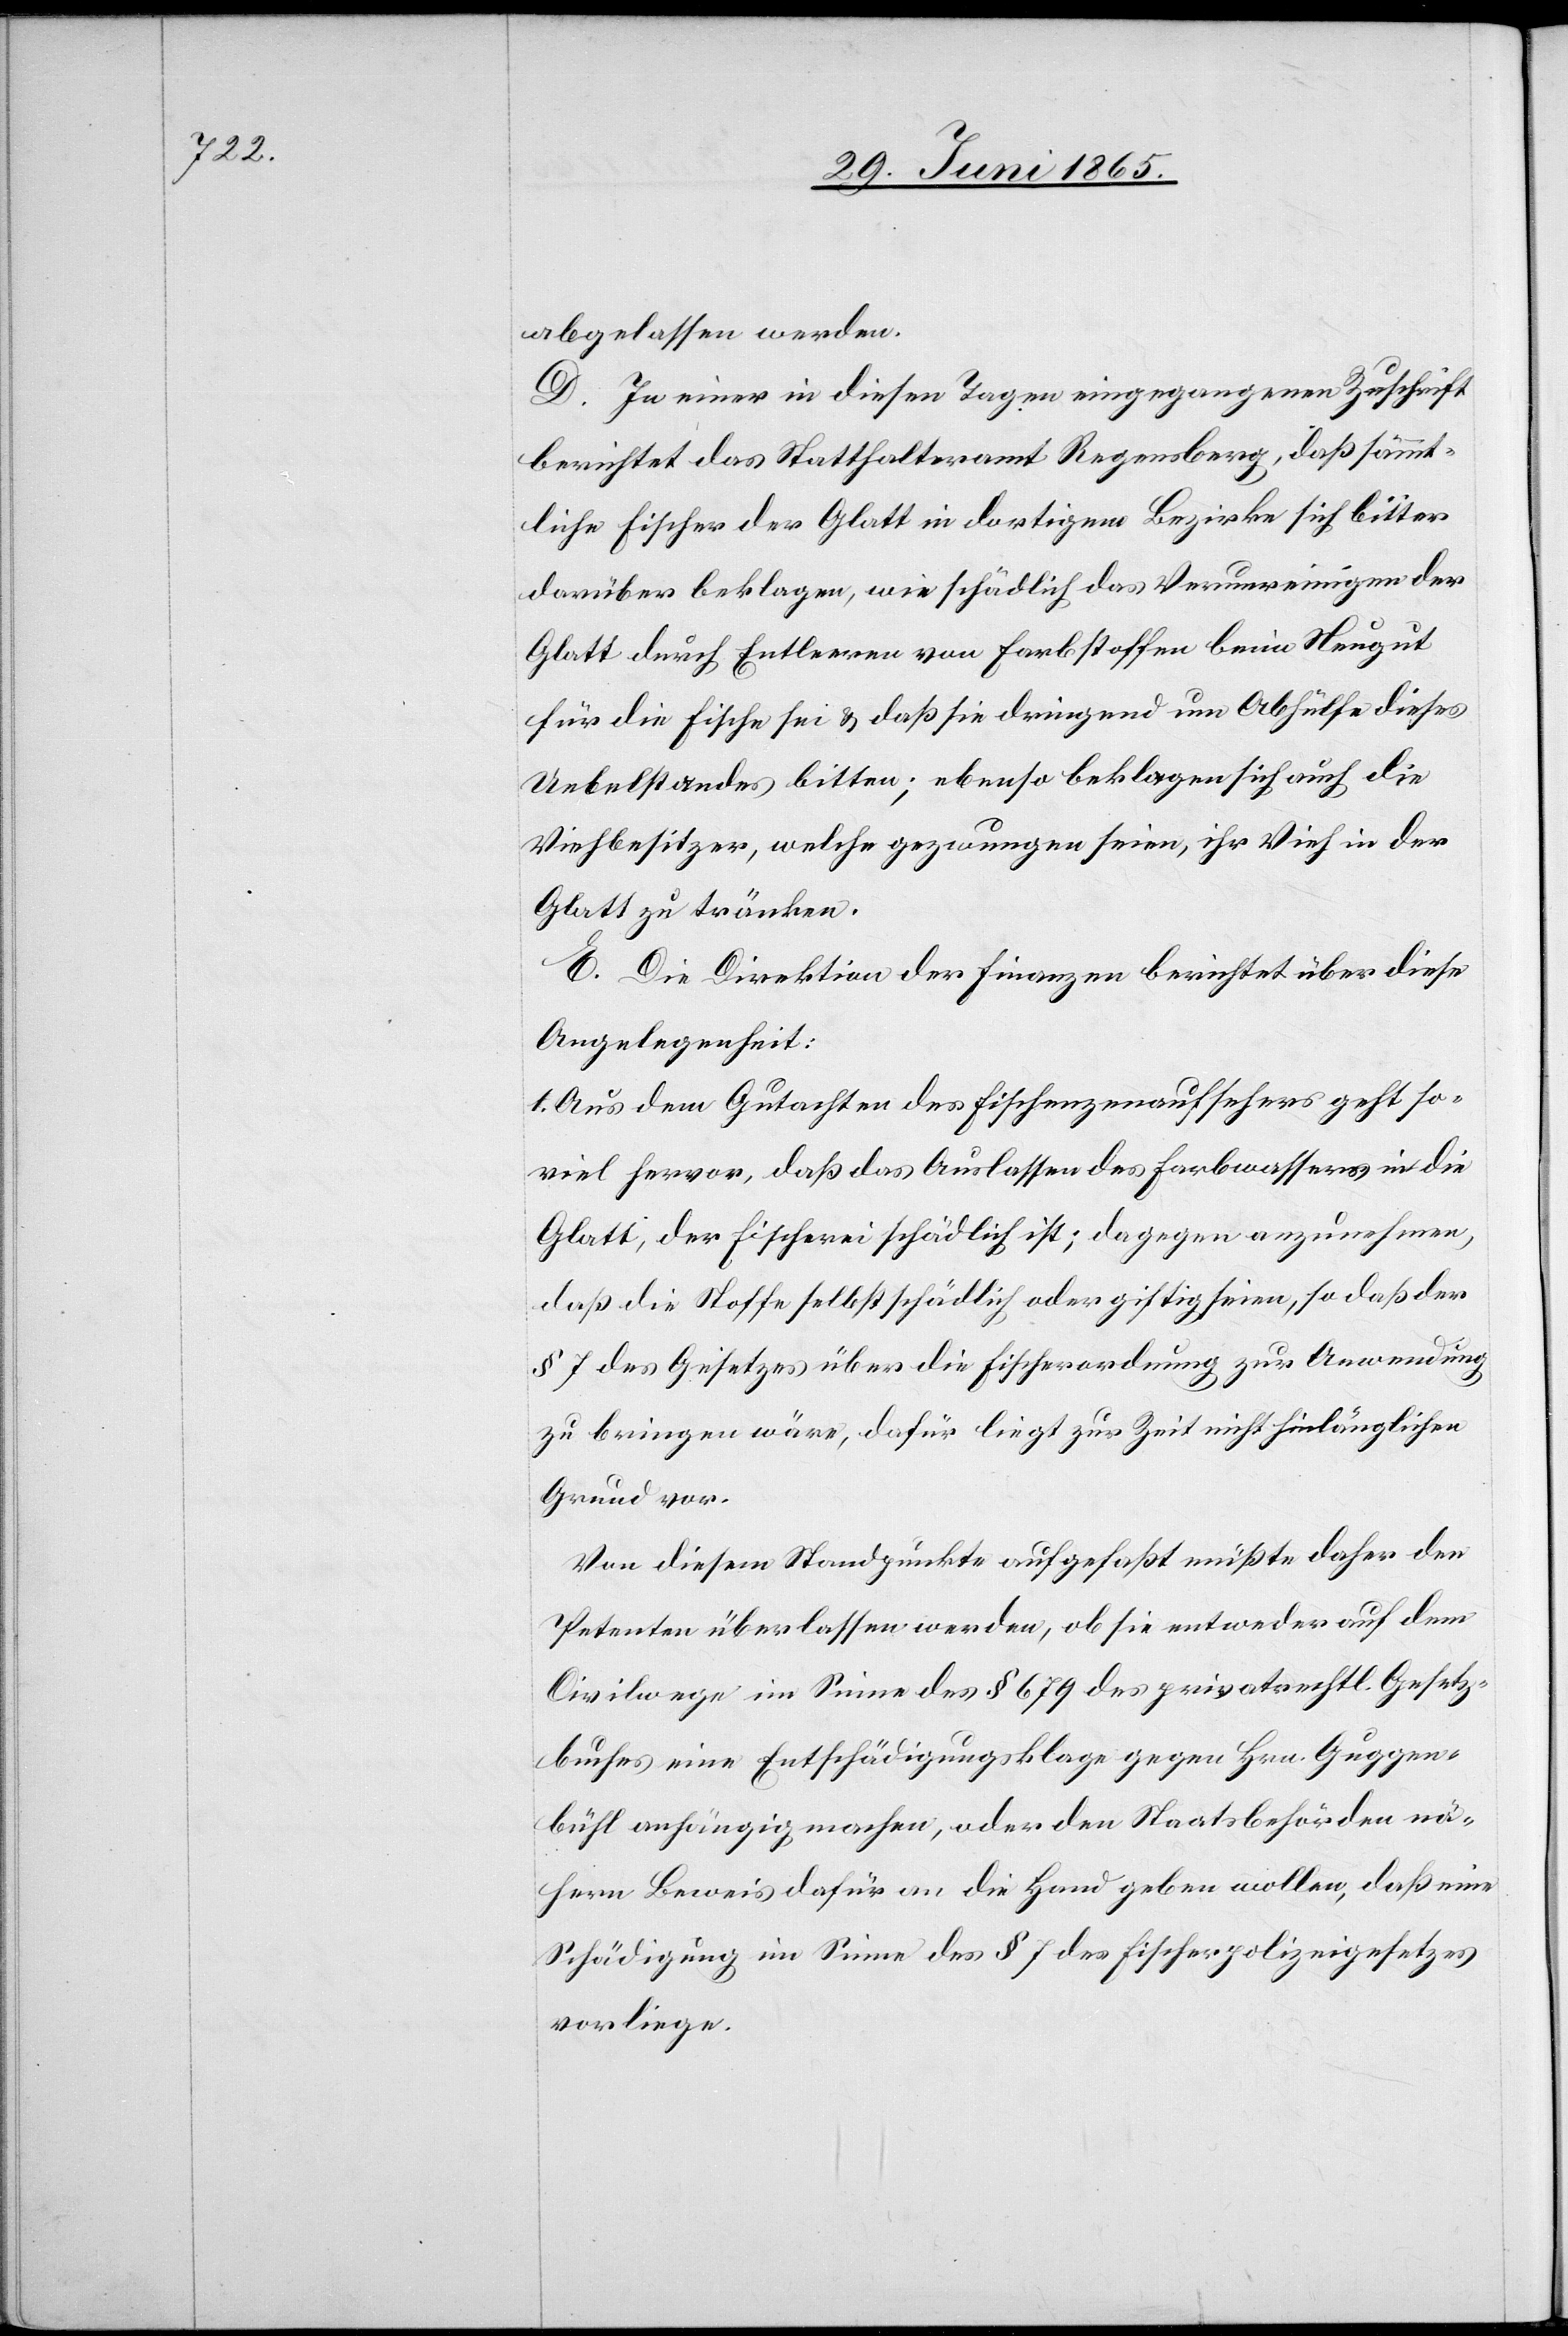
abgelassen werden.
D. In einer in diesen Tagen eingegangenen Zuschrift
berichtet das Statthalteramt Regensberg, daß sämmt¬
liche Fischer der Glatt in dortigem Bezirke sich bitter
darüber beklagen, wie schädlich das Verunreinigen der
Glatt durch Entleeren von Farbstoffen beim Neugut
für die Fische sei & daß sie dringend um Abhülfe diese
Uebelstandes bitten; ebenso beklagen sich auch die
Viehbesitzer, welche gezwungen seien, ihr Vieh in der
Glatt zu tränken.
E. Die Direktion der Finanzen berichtet über diese
Angelegenheit:
1. Aus dem Gutachten des Fischenzenaufsehers geht so¬
viel hervor, daß das Auslassen des Farbwassers in die
Glatt, der Fischerei schädlich ist; dagegen anzunehmen,
daß die Stoffe selbst schädlich oder giftig seien, so daß der
§ 7 des Gesetzes über die Fischerordnung zur Anwendung
zu bringen wäre, dafür liegt zur Zeit nicht hinlänglichen
Grund vor.
Von diesem Standpunkte aufgefaßt müßte daher den
Petenten überlassen werden, ob sie entweder auf dem
Civilwege im Sinne des § 679 des privatrechtl. Gesetz¬
buches eine Entschädigungsklage gegen Hrn. Guggen¬
bühl anhängig machen, oder den Staatsbehörden nä¬
hern Beweis dafür an die Hand geben wollen, daß eine
Schädigung im Sinne des § 7 des Fischerpolizeigesetzes
vorliege.